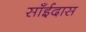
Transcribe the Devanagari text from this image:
साँईदास